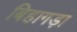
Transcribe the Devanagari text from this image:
बिहागड़ा